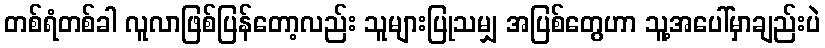
တစ်ရံတစ်ခါ လူလာဖြစ်ပြန်တော့လည်း သူများပြုသမျှ အပြစ်တွေဟာ သူ့အပေါ်မှာချည်းပဲ